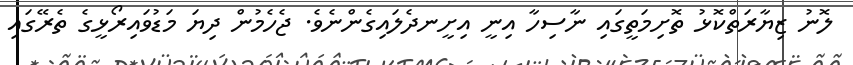
ލޮނު ޒިޔާރަތްކޮޅު ތޮށިމަތީގައި ނާސިހާ އިނީ އިށީނދެލައިގެންނެވެ. ޖެހެމުން ދިޔަ މަޑުވައިރޯޅީގެ ތެރޭގައި